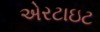
એરટાઇટ